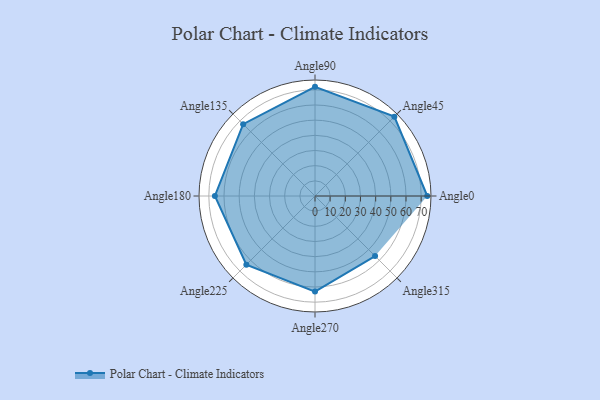
{"axis": {"x": "Angle", "y": "Radius"}, "legend": [""], "data": [{"x": "Angle0", "y": 74.0, "type": ""}, {"x": "Angle45", "y": 74.0, "type": ""}, {"x": "Angle90", "y": 72.0, "type": ""}, {"x": "Angle135", "y": 67.0, "type": ""}, {"x": "Angle180", "y": 66.0, "type": ""}, {"x": "Angle225", "y": 64.0, "type": ""}, {"x": "Angle270", "y": 63.0, "type": ""}, {"x": "Angle315", "y": 56.0, "type": ""}]}